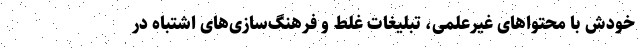
خودش با محتواهای غیرعلمی، تبلیغات‌ غلط و فرهنگ‌سازی‌های اشتباه در